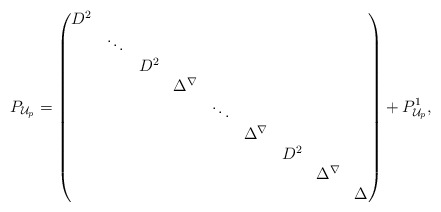
\begin{align*} P_{\mathcal{U}_p} = \begin{pmatrix} D^2 & & & & & & & &\\ & \ddots & & & & & & & \\ & & D^2 & & & & & & \\& & & \Delta^{\nabla} & & & & & \\ & & & & \ddots & & & & \\ & & & & & \Delta^{\nabla} & & & \\ & & & & & & D^2 & & \\ & & & & & & & \Delta^{\nabla} & \\& & & & & & & & \Delta \end{pmatrix} + P^1_{\mathcal{U}_p}, \end{align*}